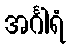
အင်္ဂါရံ